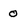
Character: 0